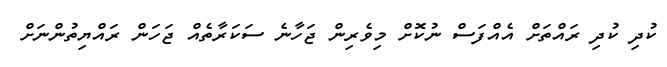
ކުދި ކުދި ރައްތަށް އެއްފަސް ނުކޮށް މިވެރިން ޖަހާނެ ސަކަރާތެއް ޖަހަން ރައްޔިތުންނަށް